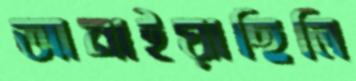
আনাইয়াছিলি